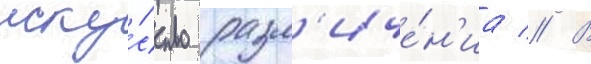
иску́сство разл'иче́н'иа // В